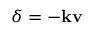
\delta = - \mathbf { k } \mathbf { v }